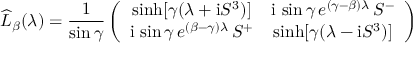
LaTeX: \widehat { L } _ { \beta } ( \lambda ) = \frac { 1 } { \sin \gamma } \left( \begin{array} { c c } { { \sinh [ \gamma ( \lambda + \mathrm { i } S ^ { 3 } ) ] } } & { { \mathrm { i } \, \sin \gamma \, e ^ { ( \gamma - \beta ) \lambda } \, S ^ { - } } } \\ { { \mathrm { i } \, \sin \gamma \, e ^ { ( \beta - \gamma ) \lambda } \, S ^ { + } } } & { { \sinh [ \gamma ( \lambda - \mathrm { i } S ^ { 3 } ) ] } } \end{array} \right)